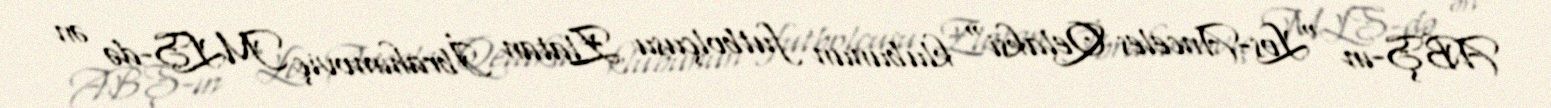
ABŞ-ın "Los-Anceles Qelaksi" klubunun futbolçusu Zlatan İbrahimoviç MLS-də ən